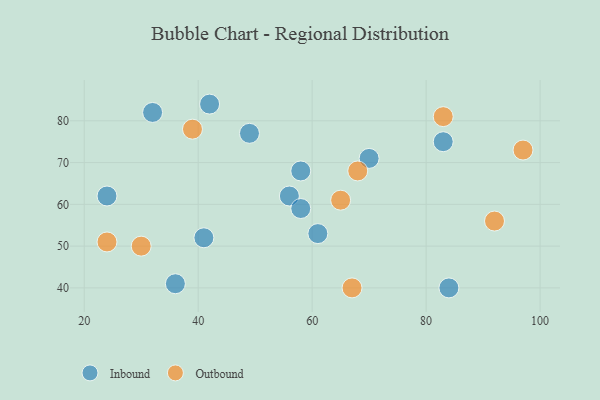
{"axis": {"x": "GDP", "y": "Life Expectancy"}, "legend": ["Inbound", "Outbound"], "data": [{"x": "58", "y": 68, "type": "Inbound"}, {"x": "70", "y": 71, "type": "Inbound"}, {"x": "32", "y": 82, "type": "Inbound"}, {"x": "56", "y": 62, "type": "Inbound"}, {"x": "49", "y": 77, "type": "Inbound"}, {"x": "83", "y": 75, "type": "Inbound"}, {"x": "61", "y": 53, "type": "Inbound"}, {"x": "41", "y": 52, "type": "Inbound"}, {"x": "84", "y": 40, "type": "Inbound"}, {"x": "42", "y": 84, "type": "Inbound"}, {"x": "24", "y": 62, "type": "Inbound"}, {"x": "58", "y": 59, "type": "Inbound"}, {"x": "36", "y": 41, "type": "Inbound"}, {"x": "24", "y": 51, "type": "Outbound"}, {"x": "68", "y": 68, "type": "Outbound"}, {"x": "39", "y": 78, "type": "Outbound"}, {"x": "65", "y": 61, "type": "Outbound"}, {"x": "30", "y": 50, "type": "Outbound"}, {"x": "92", "y": 56, "type": "Outbound"}, {"x": "67", "y": 40, "type": "Outbound"}, {"x": "83", "y": 81, "type": "Outbound"}, {"x": "97", "y": 73, "type": "Outbound"}]}